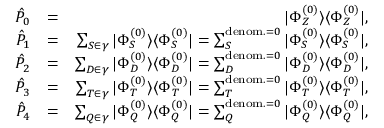
\begin{array} { r l r } { \hat { P } _ { 0 } } & { = } & { | \Phi _ { Z } ^ { ( 0 ) } \rangle \langle \Phi _ { Z } ^ { ( 0 ) } | , } \\ { \hat { P } _ { 1 } } & { = } & { \sum _ { S \in \gamma } | \Phi _ { S } ^ { ( 0 ) } \rangle \langle \Phi _ { S } ^ { ( 0 ) } | = \sum _ { S } ^ { { \mathrm { d e n o m . } = 0 } } | \Phi _ { S } ^ { ( 0 ) } \rangle \langle \Phi _ { S } ^ { ( 0 ) } | , } \\ { \hat { P } _ { 2 } } & { = } & { \sum _ { D \in \gamma } | \Phi _ { D } ^ { ( 0 ) } \rangle \langle \Phi _ { D } ^ { ( 0 ) } | = \sum _ { D } ^ { { \mathrm { d e n o m . } = 0 } } | \Phi _ { D } ^ { ( 0 ) } \rangle \langle \Phi _ { D } ^ { ( 0 ) } | , } \\ { \hat { P } _ { 3 } } & { = } & { \sum _ { T \in \gamma } | \Phi _ { T } ^ { ( 0 ) } \rangle \langle \Phi _ { T } ^ { ( 0 ) } | = \sum _ { T } ^ { { \mathrm { d e n o m . } = 0 } } | \Phi _ { T } ^ { ( 0 ) } \rangle \langle \Phi _ { T } ^ { ( 0 ) } | , } \\ { \hat { P } _ { 4 } } & { = } & { \sum _ { Q \in \gamma } | \Phi _ { Q } ^ { ( 0 ) } \rangle \langle \Phi _ { Q } ^ { ( 0 ) } | = \sum _ { Q } ^ { { \mathrm { d e n o m . } = 0 } } | \Phi _ { Q } ^ { ( 0 ) } \rangle \langle \Phi _ { Q } ^ { ( 0 ) } | , } \end{array}